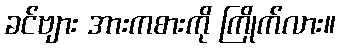
ခင်ဗျား အားကစားကို ကြိုက်လား။